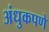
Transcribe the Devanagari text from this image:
अंधुकपणे